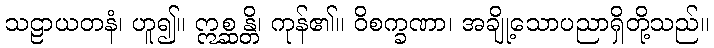
သဠာယတနံ၊ ဟူ၍။ ဣစ္ဆန္တိ၊ ကုန်၏။ ဝိစက္ခဏာ၊ အချို့သောပညာရှိတို့သည်။